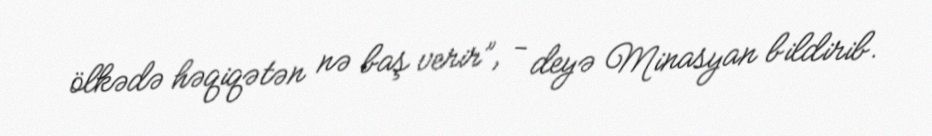
ölkədə həqiqətən nə baş verir”, - deyə Minasyan bildirib.